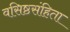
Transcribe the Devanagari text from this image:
वसिष्ठसंहिता